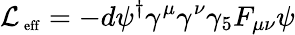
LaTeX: {\cal L}_{\mathrm{\scriptsize~eff}}=-d\psi^{\dagger}\gamma^{\mu}\gamma^{\nu}\gamma_{5}F_{\mu\nu}\psi